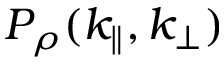
P _ { \rho } ( k _ { \parallel } , k _ { \perp } )